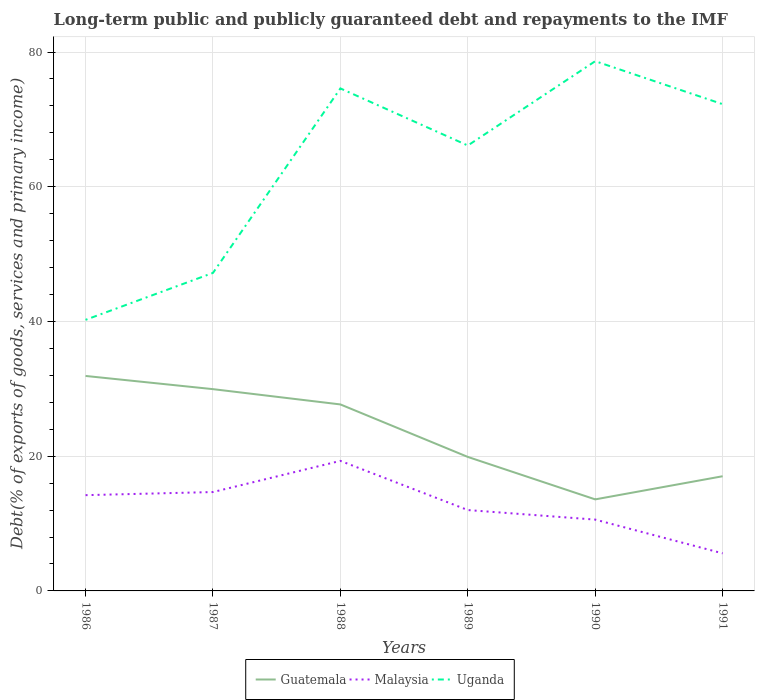
| Years | Guatemala | Malaysia | Uganda |
 | --- | --- | --- | --- |
 | 1986 | 31.9 | 14.2 | 40.2 |
 | 1987 | 30 | 14.7 | 47.2 |
 | 1988 | 27.7 | 19.3 | 74.6 |
 | 1989 | 19.9 | 12 | 66.1 |
 | 1990 | 13.6 | 10.6 | 78.6 |
 | 1991 | 17 | 5.58 | 72.3 |